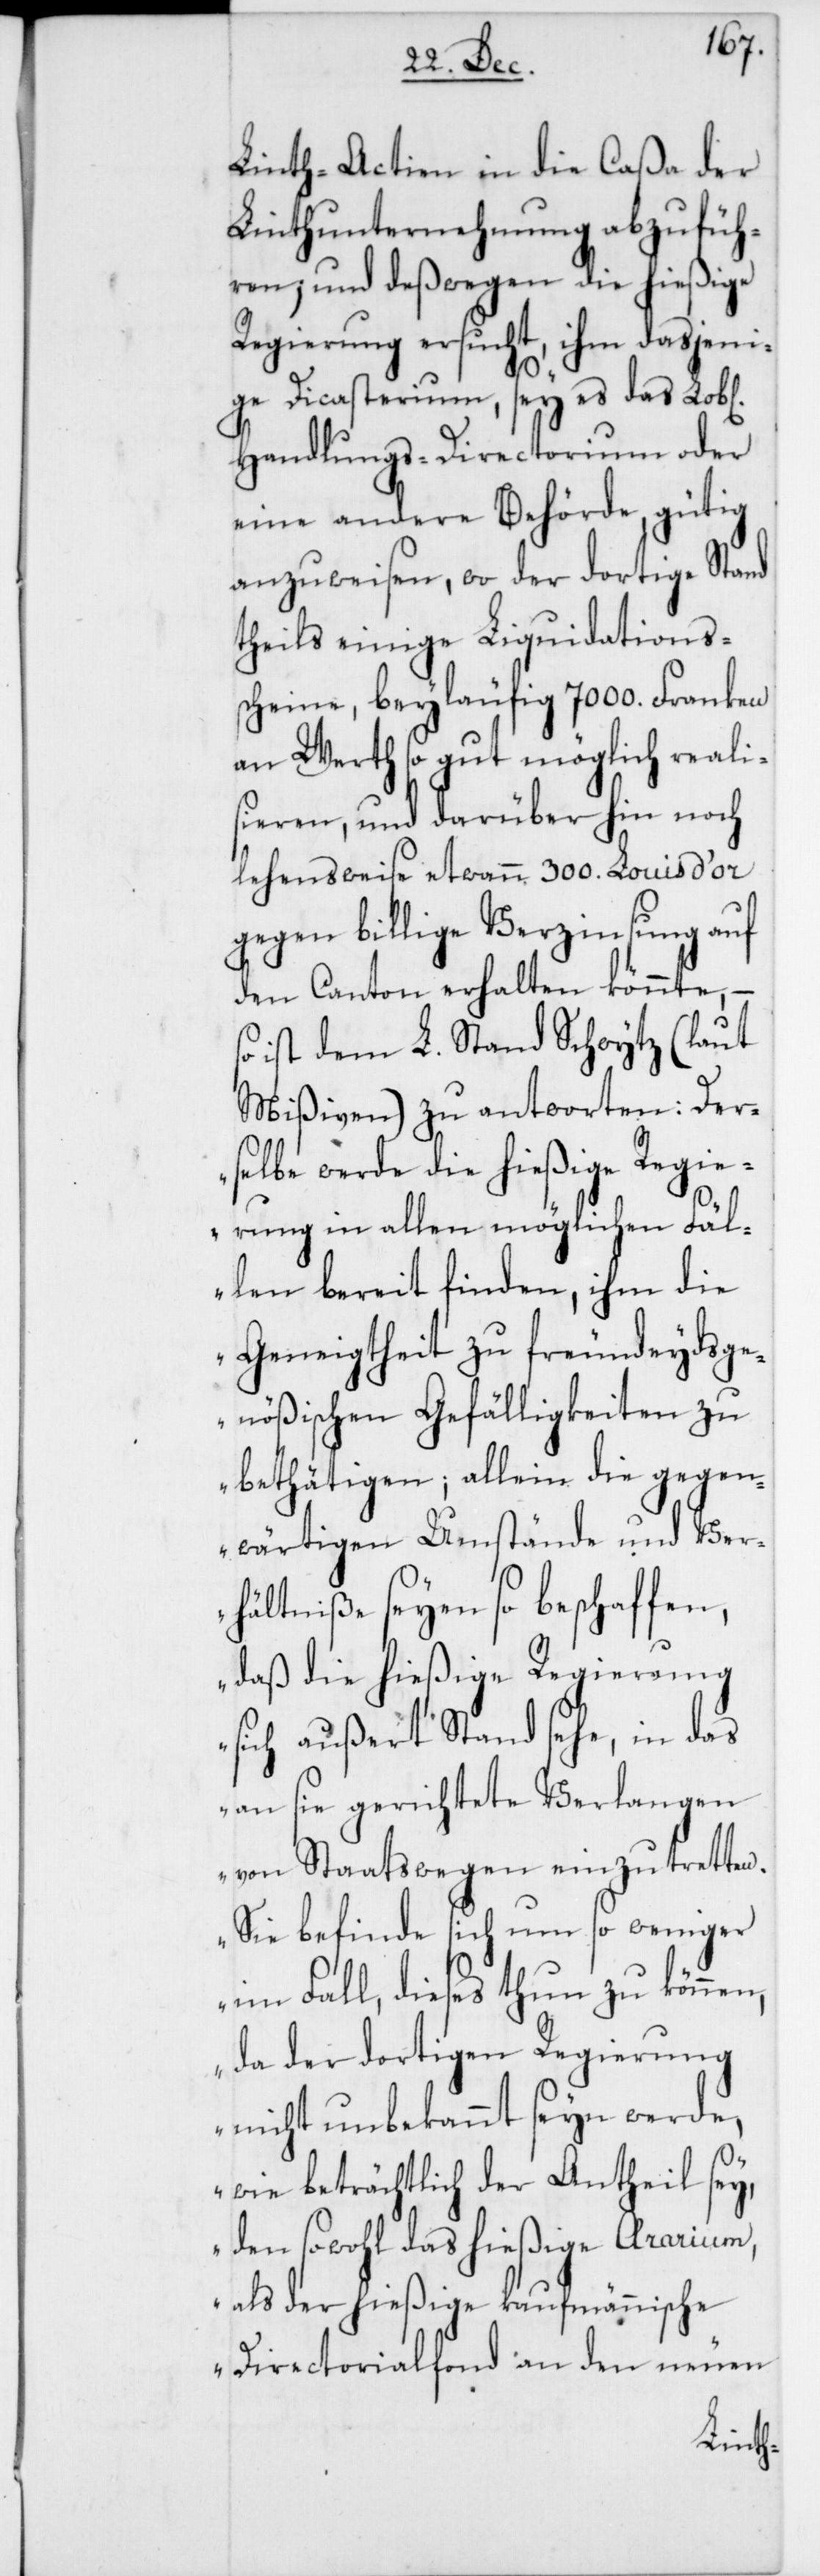
Linth-Actien in die Caßa der
Linthunternehmung abzufüh¬
ren, und deßwegen die hießige
Regierung ersucht, ihm dasjeni¬
ge Dicasterium, sey es das Lob[l¬
Handlungs-Directorium oder
eine andere Behörde, gütig
anzuweisen, wo der dortige Stand
theils einige Liquidations¬
scheine, beyläufig 7000. Franken
an Werth so gut möglich reali¬
sieren, und darüber hin noch
lehensweise etwann 300. Louis d’or
gegen billige Verzinsung auf
den Canton erhalten könnte,
ist dem L. Stand Schwytz (laut
Mißiven) zu antworten: [„]Der¬
selbe werde die hießige Regie¬
rung in allen möglichen Fäl¬
len bereit finden, ihm die
Geneigtheit zu freundeydsge¬
nößischen Gefälligkeiten zu
bethätigen; allein die gegen¬
wärtigen Umstände und Ver¬
hältniße seyen so beschaffen,
daß die hießige Regierung
sich außert Stand sehe, in das
an sie gerichtete Verlangen
von Staatswegen einzutretten.
Sie befinde sich um so weniger
im Fall, dieses thun zu können,
da der dortigen Regierung
nicht unbekannt seyn werde,
wie beträchtlich der Antheil sey,
den sowohl das hießige Ararium,
als der hießige kaufmännische
Directorialfonds an den neuen
iche]